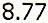
8.77